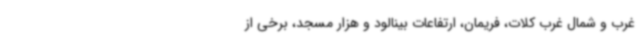
غرب و شمال غرب کلات، فریمان، ارتفاعات بینالود و هزار مسجد، برخی از